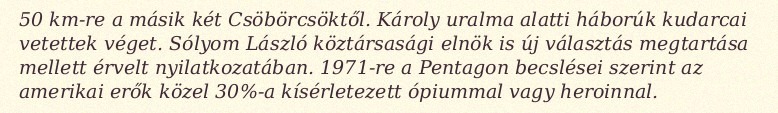
50 km-re a másik két Csöbörcsöktől. Károly uralma alatti háborúk kudarcai vetettek véget. Sólyom László köztársasági elnök is új választás megtartása mellett érvelt nyilatkozatában. 1971-re a Pentagon becslései szerint az amerikai erők közel 30%-a kísérletezett ópiummal vagy heroinnal.